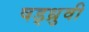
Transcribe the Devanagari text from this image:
षड्ध्रुवी